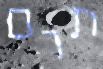
תרם